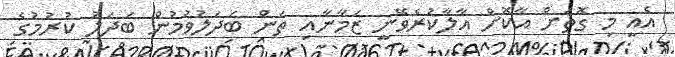
އެއީ މި ގޮތަށް އާކޮށް އާލާކުރެވޭނީ ޒަމާނާއި ތަން ބަދަލުވުމުން ބަދަލު ކުރުމުގެ